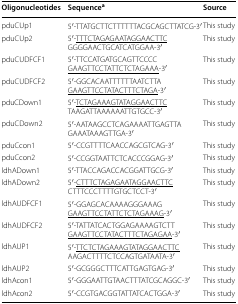
<table><thead><tr><td><b>Oligonucleotides</b></td><td><b>Sequence<sup>a</sup></b></td><td><b>Source</b></td></tr></thead><tbody><tr><td>pduCUp1</td><td>5′-TTATGCTTCTTTTTTACGCAGCTTATCG-3′</td><td>This study</td></tr><tr><td>pduCUp2</td><td>5′-<underline>TTTCTAGAGAATAGGAACTTC</underline>GGGGAACTGCATCATGGAA-3′</td><td>This study</td></tr><tr><td>pduCUDFCF1</td><td>5′-TTCCATGATGCAGTTCCCC<underline>GAAGTTCCTATTCTCTAGAAA</underline>-3′</td><td>This study</td></tr><tr><td>pduCUDFCF2</td><td>5′-GGCACAATTTTTTAATCTTA<underline>GAAGTTCCTATACTTTCTAGA</underline>-3′</td><td>This study</td></tr><tr><td>pduCDown1</td><td>5′-<underline>TCTAGAAAGTATAGGAACTTC</underline>TAAGATTAAAAAATTGTGCC-3′</td><td>This study</td></tr><tr><td>pduCDown2</td><td>5′-AATAAGCCTCAGAAAATTGAGTTAGAAATAAAGTTGA-3′</td><td>This study</td></tr><tr><td>pduCcon1</td><td>5′-CCGTTTTCAACCAGCGTCAG-3′</td><td>This study</td></tr><tr><td>pduCcon2</td><td>5′-CCGGTAATTCTCACCCGGAG-3′</td><td>This study</td></tr><tr><td>ldhADown1</td><td>5′-TTACCAGACCACGGATTGCG-3′</td><td>This study</td></tr><tr><td>ldhADown2</td><td>5′-<underline>CTTTCTAGAGAATAGGAACTTC</underline>CTTTCCCTTTTGTGCTCCT-3′</td><td>This study</td></tr><tr><td>ldhAUDFCF1</td><td>5′-GGAGCACAAAAGGGAAAG<underline>GAAGTTCCTATTCTCTAGAAAG</underline>-3′</td><td>This study</td></tr><tr><td>ldhAUDFCF2</td><td>5′-TATTATCACTGGAGAAAAGTCTT<underline>GAAGTTCCTATACTTTCTAGAGAA</underline>-3′</td><td>This study</td></tr><tr><td>ldhAUP1</td><td>5′-<underline>TTCTCTAGAAAGTATAGGAACTTC</underline>AAGACTTTTCTCCAGTGATAATA-3′</td><td>This study</td></tr><tr><td>ldhAUP2</td><td>5′-GCGGGCTTTCATTGAGTGAG-3′</td><td>This study</td></tr><tr><td>ldhAcon1</td><td>5′-GGGAATTGTAACTTTATCGCAGGC-3′</td><td>This study</td></tr><tr><td>ldhAcon2</td><td>5′-CCGTGACGGTATTATCACTGGA-3′</td><td>This study</td></tr></tbody></table>